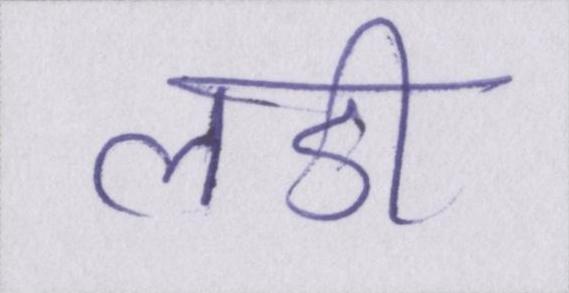
लडी